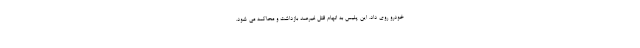
خودرو روی داد. این پلیس به اتهام قتل غیرعمد بازداشت و محاکمه می شود.